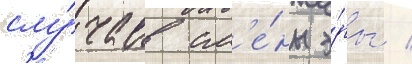
слу́чаев см'е́ны э́ры /